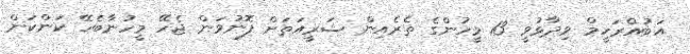
އަބުއްރަހީމް ވިދާޅުވީ 13 މީހުންގެ ތެރެއިން ޝަރީއަތަށް ފޮނުވަން ޖެހޭ މީހުނާބެހޭ ކަންކަން